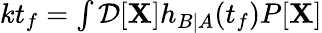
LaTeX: \begin{array}{r}{kt_{f}=\int\mathcal{D}[\mathbf{X}]h_{B|A}(t_{f})P[\mathbf{X}]}\end{array}